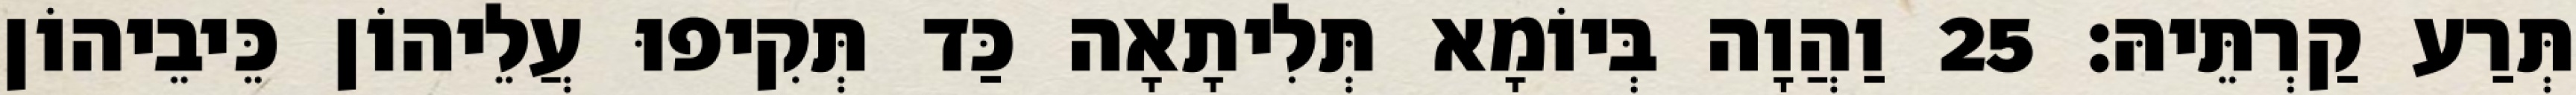
תְּרַע קַרְתֵּיהּ׃ 25 וַהֲוָה בְּיוֹמָא תְּלִיתָאָה כַּד תְּקִיפוּ עֲלֵיהוֹן כֵּיבֵיהוֹן